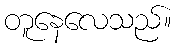
တူနေလေသည်။